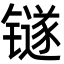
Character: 𬭼